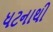
ધટનાથી